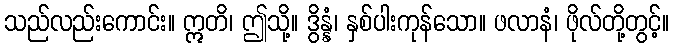
သည်လည်းကောင်း။ ဣတိ၊ ဤသို့။ ဒွိန္နံ၊ နှစ်ပါးကုန်သော။ ဖလာနံ၊ ဖိုလ်တို့တွင့်။